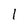
Character: 1